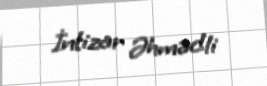
İntizar Əhmədli